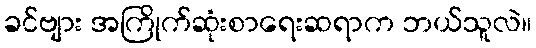
ခင်ဗျား အကြိုက်ဆုံးစာရေးဆရာက ဘယ်သူလဲ။